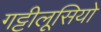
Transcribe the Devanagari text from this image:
गट्टीलूसियो